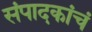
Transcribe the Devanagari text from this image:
संपादकांचं